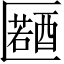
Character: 𠥤